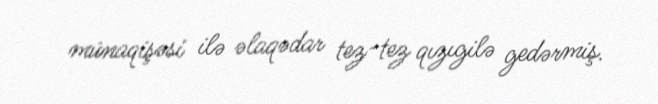
münaqişəsi ilə əlaqədar tez-tez qızıgilə gedərmiş.